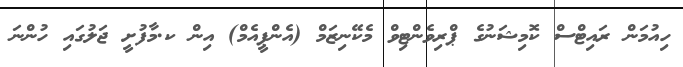
ހިއުމަން ރައިޓްސް ކޮމިޝަނުގެ ޕްރިވެންޓިވް މެކޭނިޒަމް (އެންޕީއެމް) އިން ކ.މާފުށީ ޖަލުގައި ހުންނަ